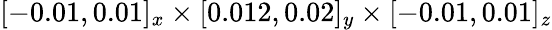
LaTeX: [-0.01,0.01]_{x}\times[0.012,0.02]_{y}\times[-0.01,0.01]_{z}